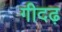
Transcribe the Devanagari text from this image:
गीदढ़